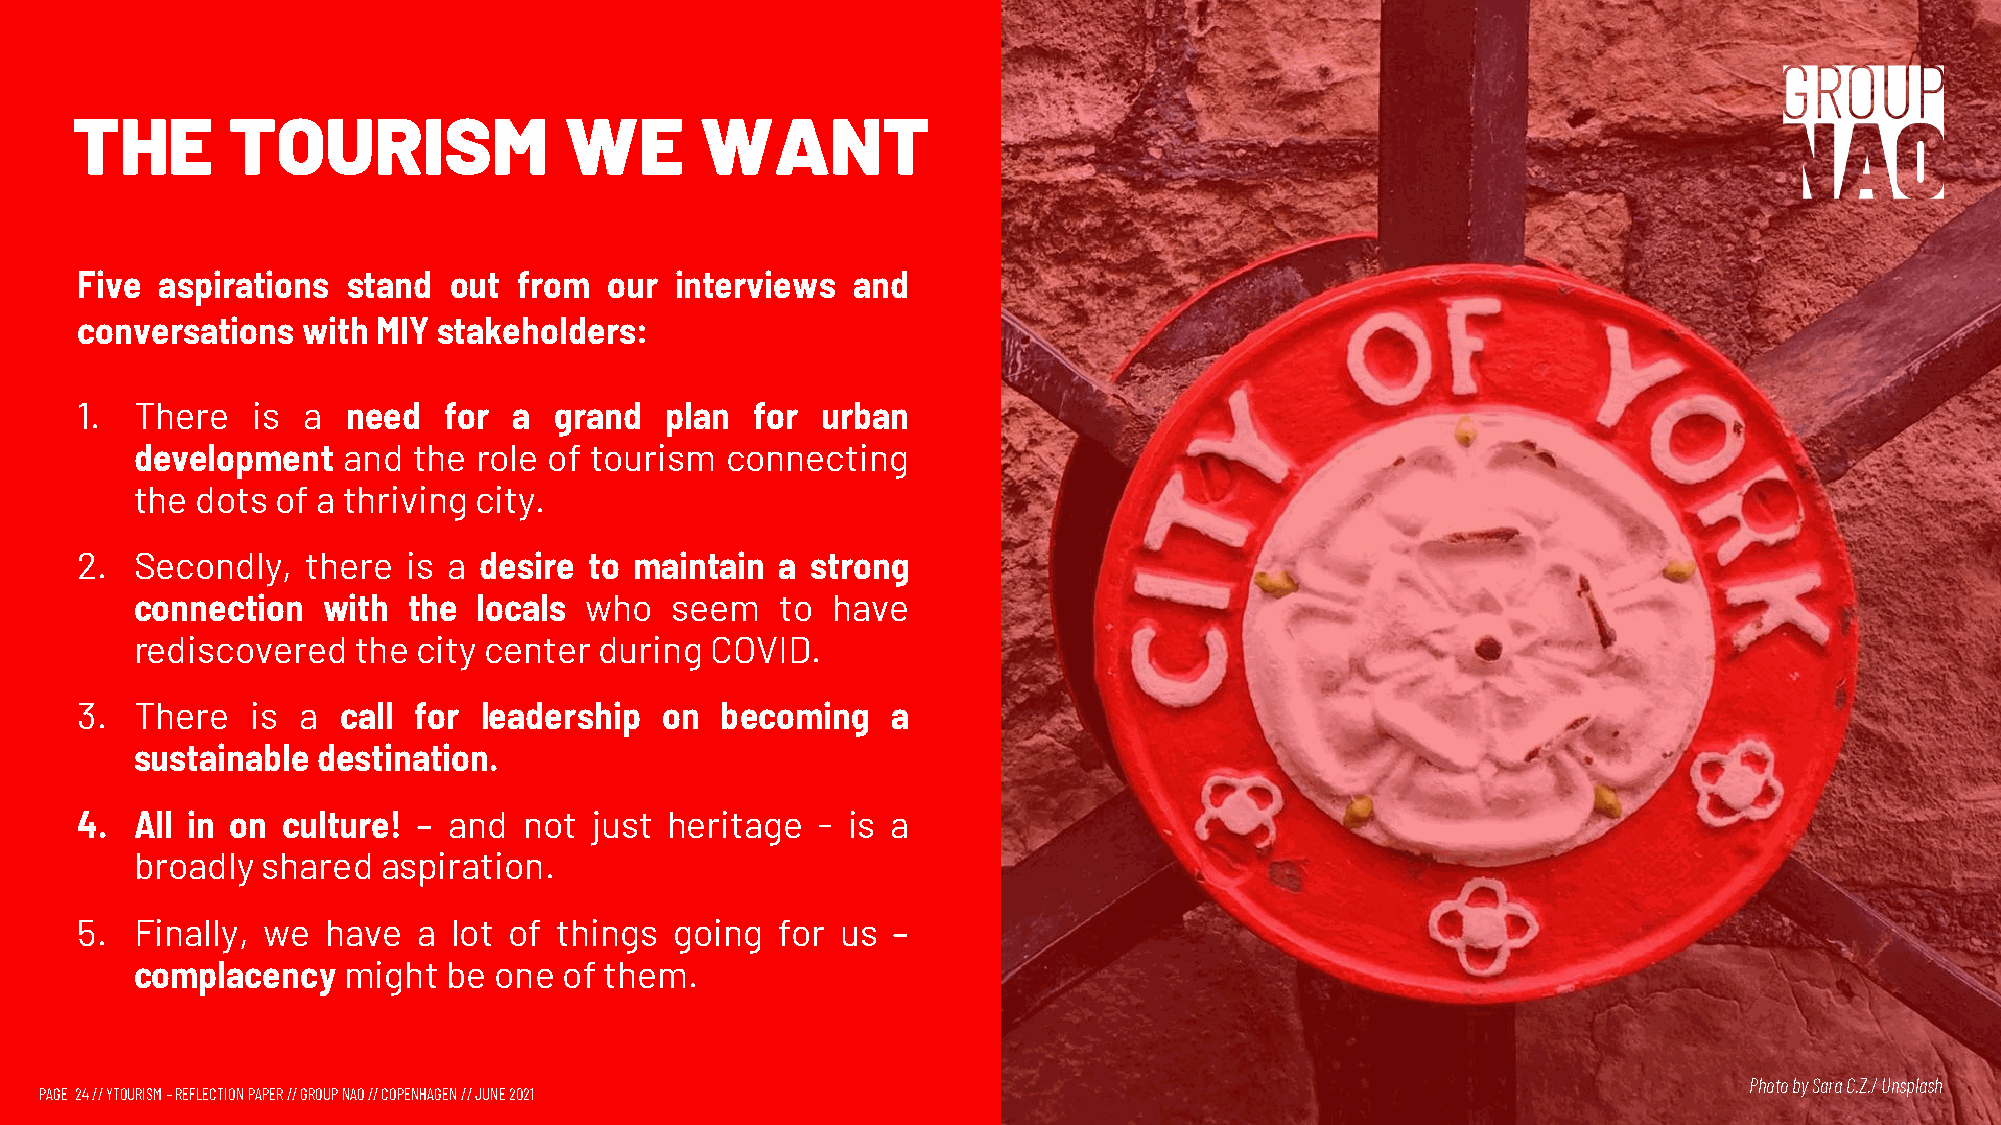
THE       TOURISM               WE       WANT
 Five aspirations  stand  out from  our  interviews and
 conversations  with MIY stakeholders:
 1.  There   is a  need  for  a  grand  plan  for urban
 development   and the role of tourism  connecting
 the dots of a thriving city.
 2.  Secondly,  there  is a desire to maintain  a strong
 connection  with  the  locals who  seem    to have
 rediscovered  the  city center during COVID.
 3.  There   is a call for  leadership  on  becoming   a
 sustainable destination.
 4.  All in on culture! – and  not just heritage  - is a
 broadly shared  aspiration.
 5.  Finally, we  have  a lot of things  going for  us –
 complacency   might be  one of them.
 Photo bySara C.Z./Unsplash
 PAGE 24// YTOURISM –REFLECTION PAPER // GROUP NAO // COPENHAGEN // JUNE 2021